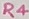
Text: R4